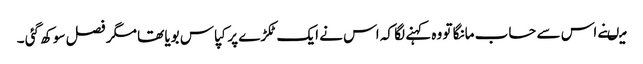
میںنے اس سے حساب مانگا تو وہ کہنے لگا کہ اس نے ایک ٹکڑے پر کپاس بویا تھا مگر فصل سوکھ گئی ۔